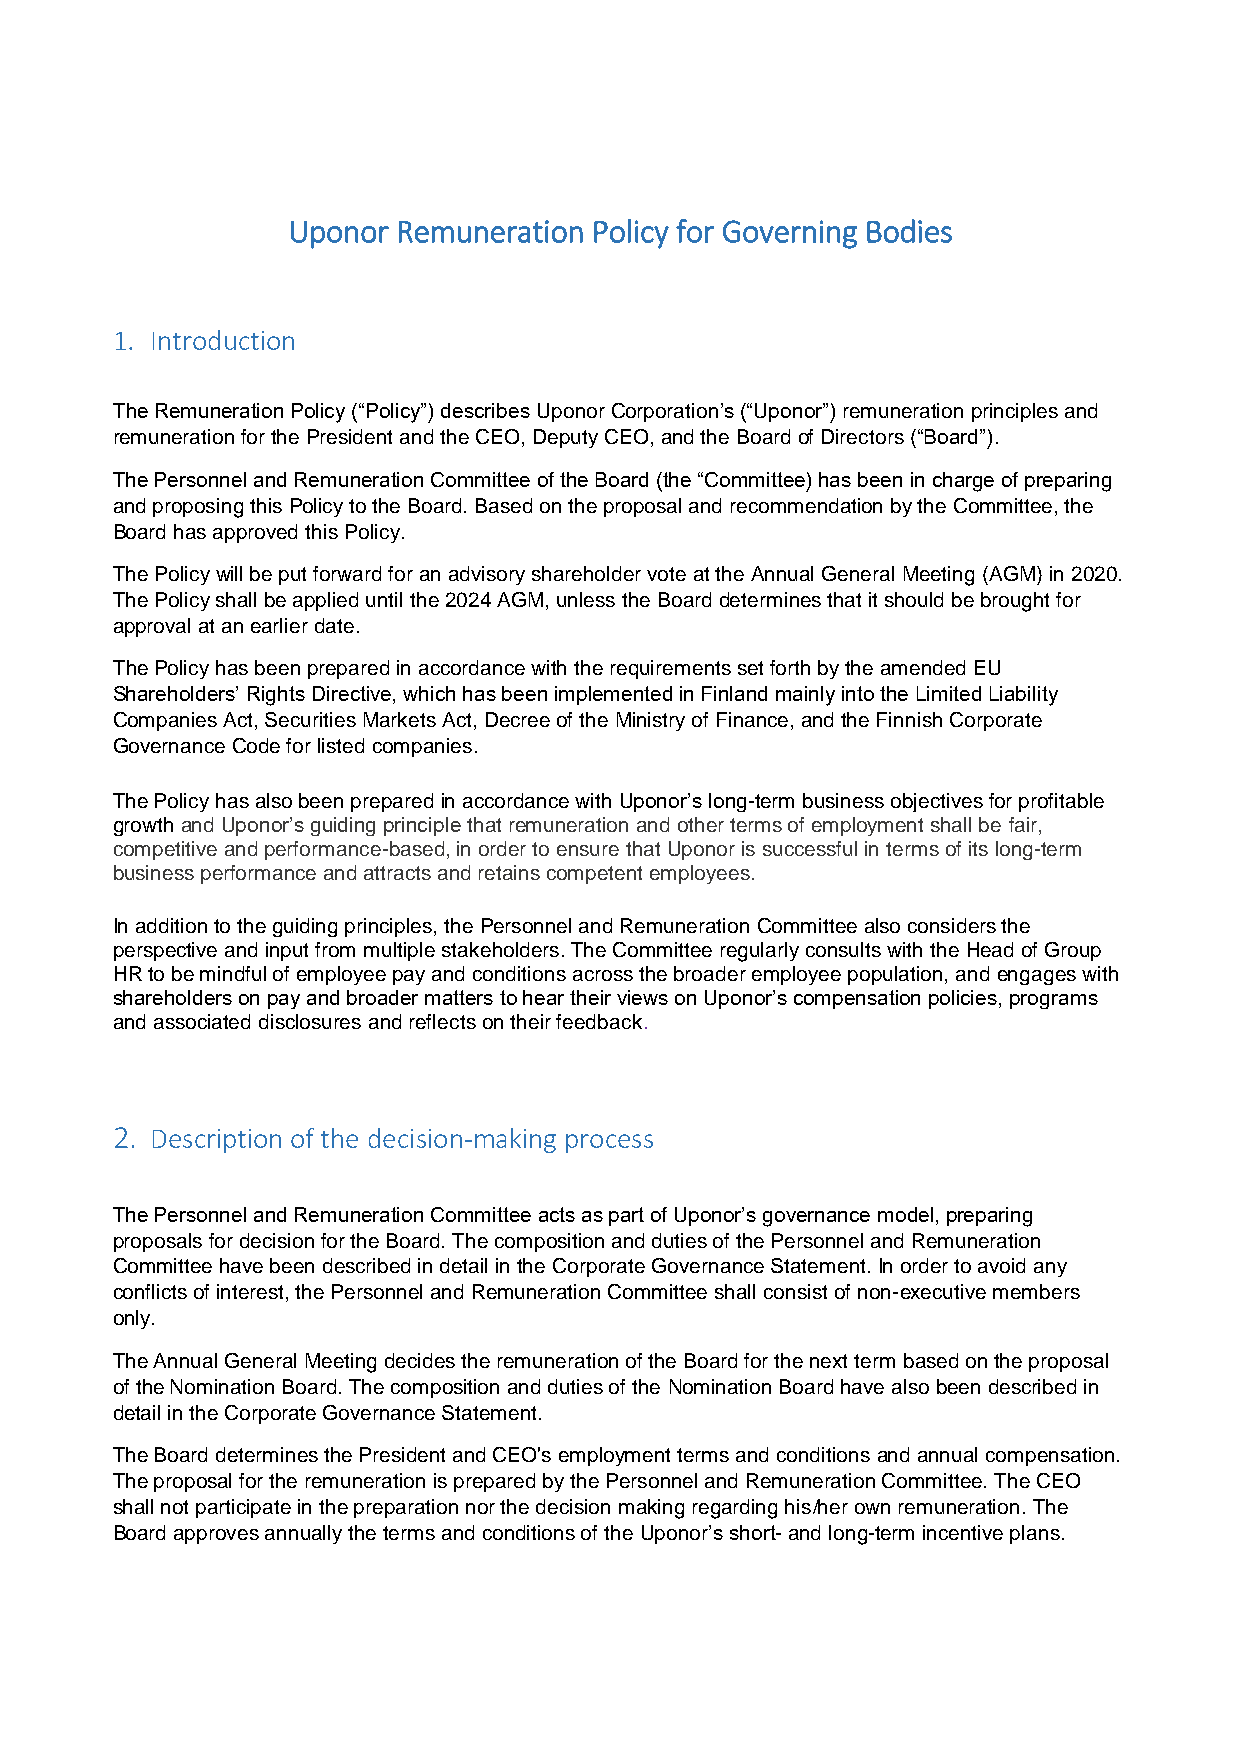
Uponor Remuneration Policy for Governing Bodies
 1. Introduction
 The Remuneration Policy (“Policy”) describes Uponor Corporation’s (“Uponor”) remuneration principles and
 remuneration for the President and the CEO, Deputy CEO, and the Board of Directors (“Board”).
 The Personnel and Remuneration Committee of the Board (the “Committee) has been in charge of preparing
 and proposing this Policy to the Board. Based on the proposal and recommendation by the Committee, the
 Board has approved this Policy.
 The Policy will be put forward for an advisory shareholder vote at the Annual General Meeting (AGM) in 2020.
 The Policy shall be applied until the 2024 AGM, unless the Board determines that it should be brought for
 approval at an earlier date.
 The Policy has been prepared in accordance with the requirements set forth by the amended EU
 Shareholders’ Rights Directive, which has been implemented in Finland mainly into the Limited Liability
 Companies Act, Securities Markets Act, Decree of the Ministry of Finance, and the Finnish Corporate
 Governance Code for listed companies.
 The Policy has also been prepared in accordance with Uponor’s long-term business objectives for profitable
 growth and Uponor’s guiding principle that remuneration and other terms of employment shall be fair,
 competitive and performance-based, in order to ensure that Uponor is successful in terms of its long-term
 business performance and attracts and retains competent employees.
 In addition to the guiding principles, the Personnel and Remuneration Committee also considers the
 perspective and input from multiple stakeholders. The Committee regularly consults with the Head of Group
 HR to be mindful of employee pay and conditions across the broader employee population, and engages with
 shareholders on pay and broader matters to hear their views on Uponor’s compensation policies, programs
 and associated disclosures and reflects on their feedback.
 2. Description of the decision-making process
 The Personnel and Remuneration Committee acts as part of Uponor’s governance model, preparing
 proposals for decision for the Board. The composition and duties of the Personnel and Remuneration
 Committee have been described in detail in the Corporate Governance Statement. In order to avoid any
 conflicts of interest, the Personnel and Remuneration Committee shall consist of non-executive members
 only.
 The Annual General Meeting decides the remuneration of the Board for the next term based on the proposal
 of the Nomination Board. The composition and duties of the Nomination Board have also been described in
 detail in the Corporate Governance Statement.
 The Board determines the President and CEO's employment terms and conditions and annual compensation.
 The proposal for the remuneration is prepared by the Personnel and Remuneration Committee. The CEO
 shall not participate in the preparation nor the decision making regarding his/her own remuneration. The
 Board approves annually the terms and conditions of the Uponor’s short- and long-term incentive plans.